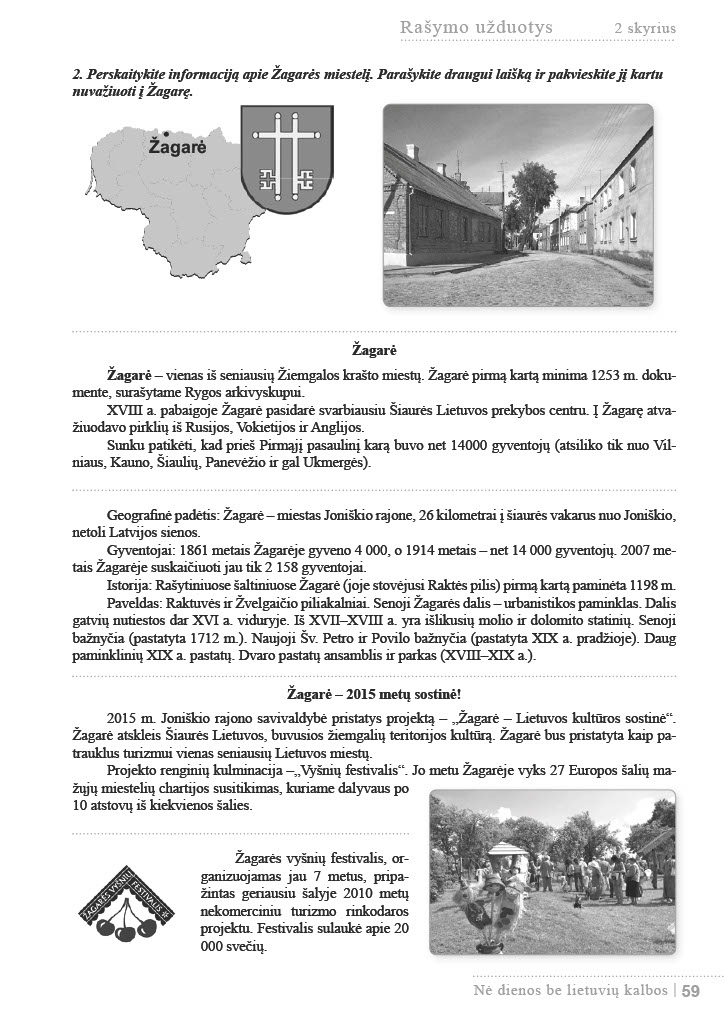
Language: lt